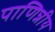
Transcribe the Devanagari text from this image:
पाणिन्नीय